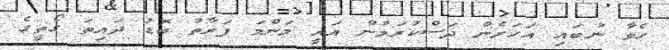
ހެވާ ނުބައި އަހަރެން ދަސްކުރަމުން އައީ މަންމަ ފަރާތު ބޮޑު ދައިތަ ގޯތީގެ